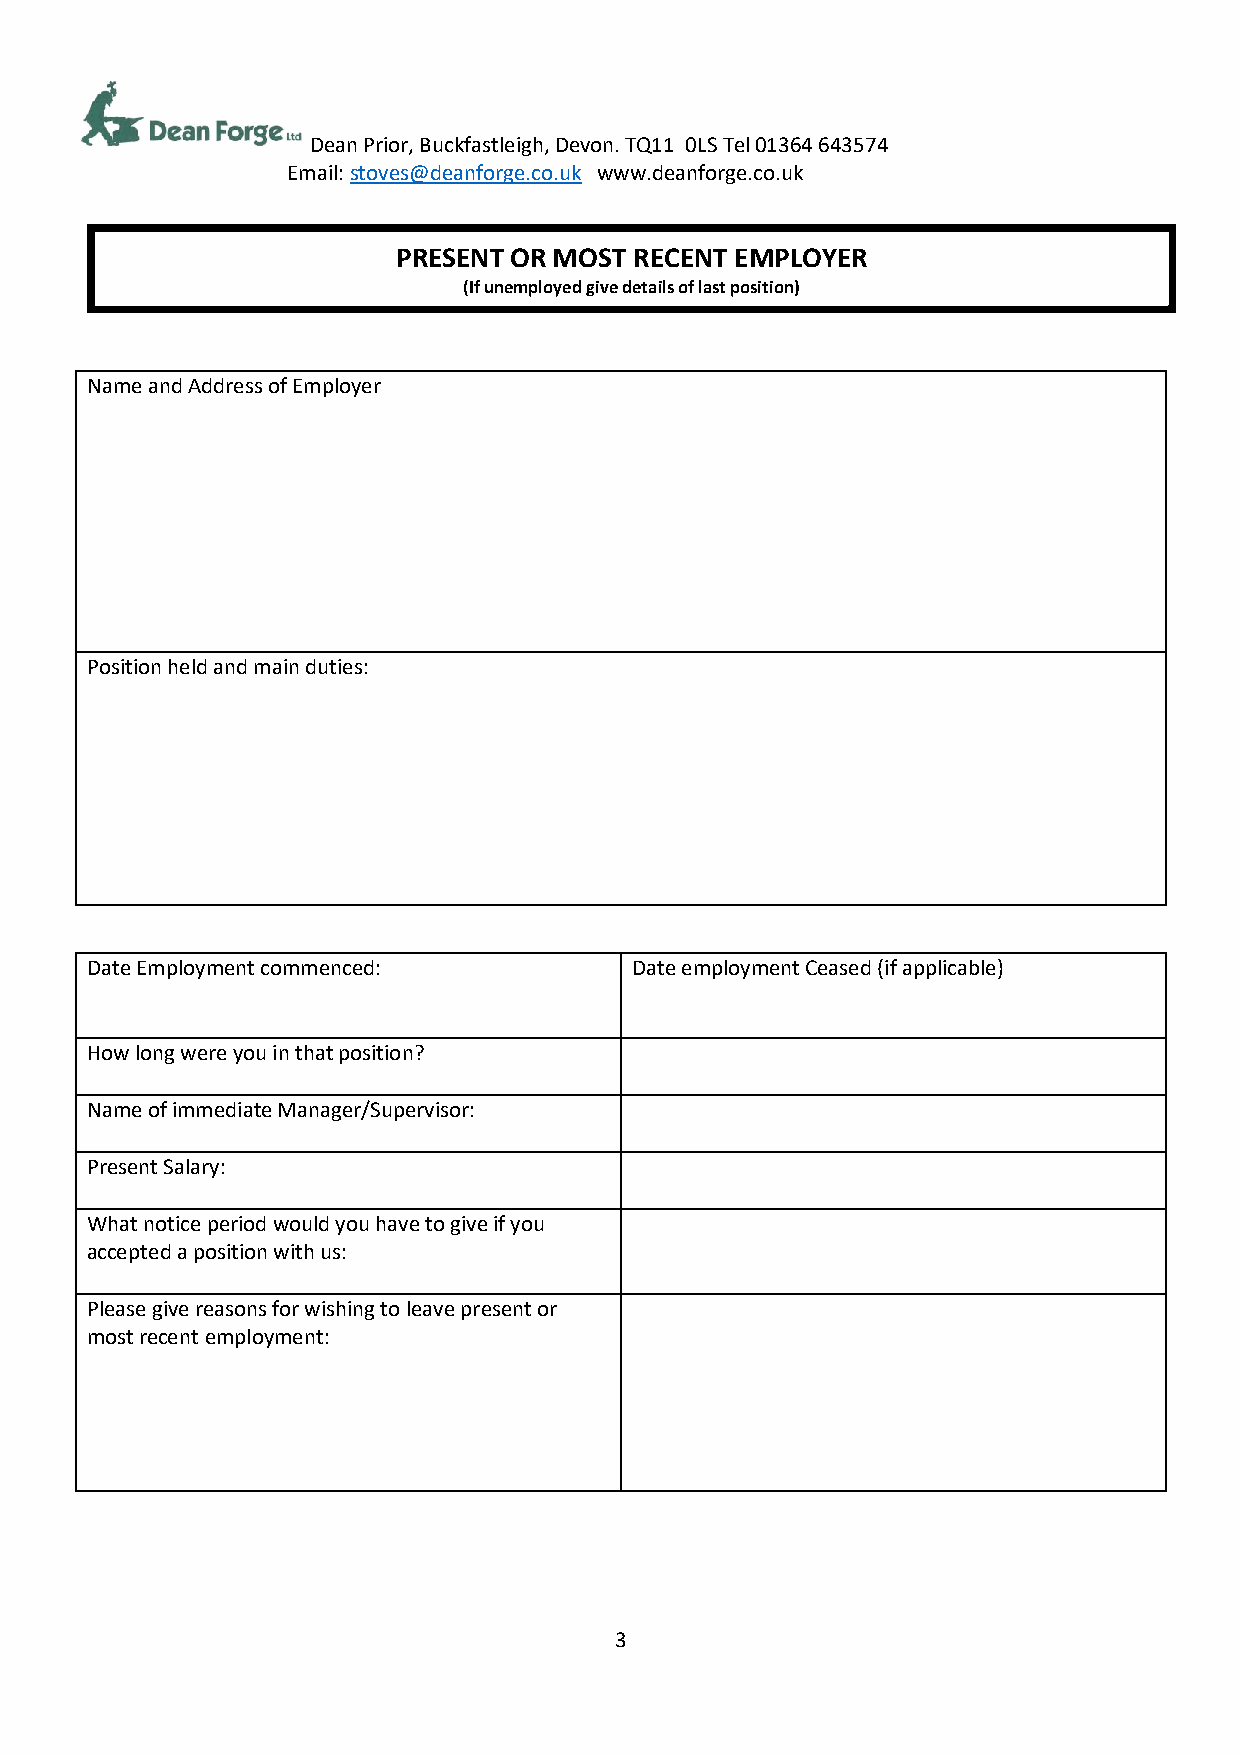
Dean Prior, Buckfastleigh, Devon. TQ11 0LS Tel 01364 643574
 Email: stoves@deanforge.co.uk www.deanforge.co.uk
 PRESENT OR MOST RECENT EMPLOYER
 (If unemployed give details of last position)
 Name and Address of Employer
 Position held and main duties:
 Date Employment commenced:          Date employment Ceased (if applicable)
 How long were you in that position?
 Name of immediate Manager/Supervisor:
 Present Salary:
 What notice period would you have to give if you
 accepted a position with us:
 Please give reasons for wishing to leave present or
 most recent employment:
 3